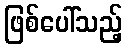
ဖြစ်ပေါ်သည့်